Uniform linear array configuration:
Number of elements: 24
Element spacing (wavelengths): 0.25
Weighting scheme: kaiser
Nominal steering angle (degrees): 45
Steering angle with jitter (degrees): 46.917
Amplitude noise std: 0.05
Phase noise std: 0.05

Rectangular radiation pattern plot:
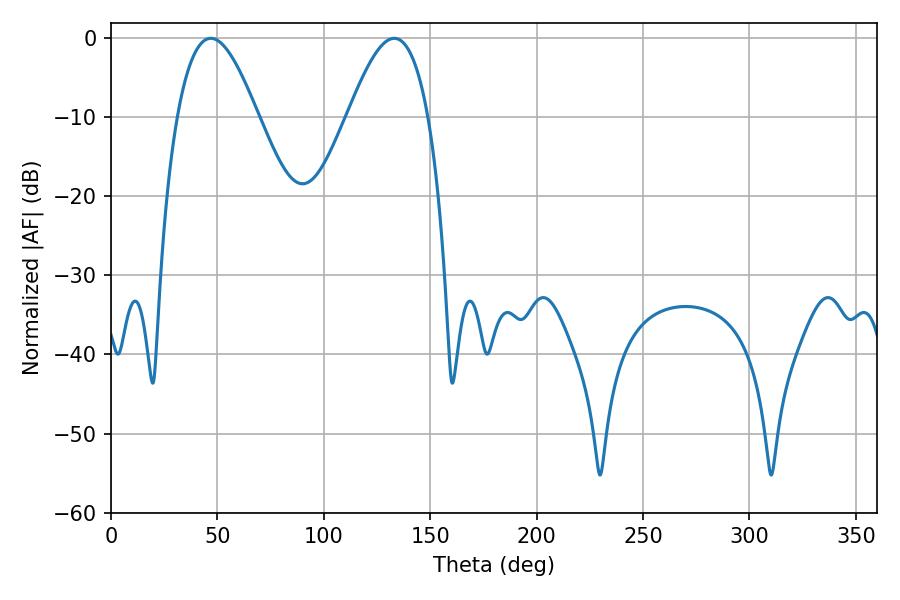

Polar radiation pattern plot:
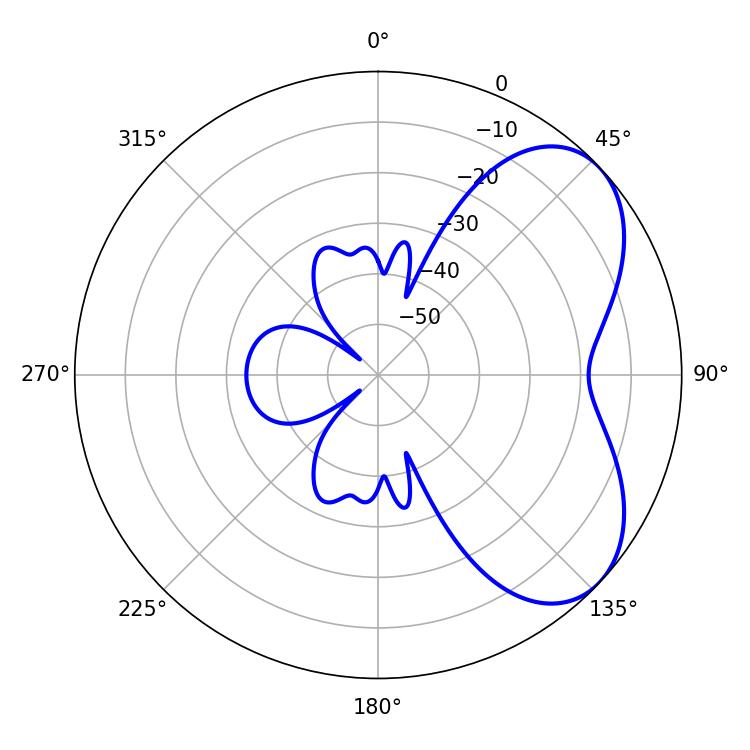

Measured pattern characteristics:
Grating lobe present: FALSE
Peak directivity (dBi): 5.32
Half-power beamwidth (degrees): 20.52
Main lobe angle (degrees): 46.98